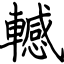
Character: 轗